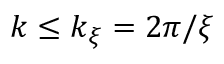
k \le k _ { \xi } = 2 \pi / \xi